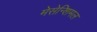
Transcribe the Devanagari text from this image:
मेसेन्शिमल